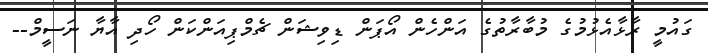
ގައުމީ ރާޅާއެޅުމުގެ މުބާރާތުގެ އަންހެން އޯޕަން ޑިވިޝަން ޗެމްޕިއަންކަން ހޯދި އާޔާ ނަސީމް--